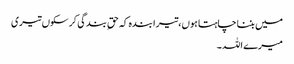
میں بننا چاہتا ہوں،تیرا بندہ کہ حقِ بندگی کر سکوں تیری
میرے اللہ ۔